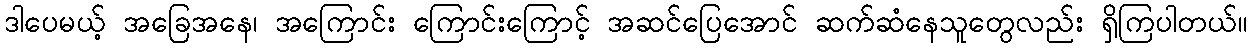
ဒါပေမယ့် အခြေအနေ၊ အကြောင်း ကြောင်းကြောင့် အဆင်ပြေအောင် ဆက်ဆံနေသူတွေလည်း ရှိကြပါတယ်။